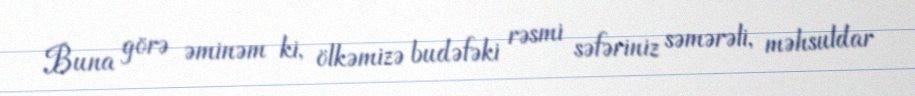
Buna görə əminəm ki, ölkəmizə budəfəki rəsmi səfəriniz səmərəli, məhsuldar